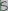
Text: 5